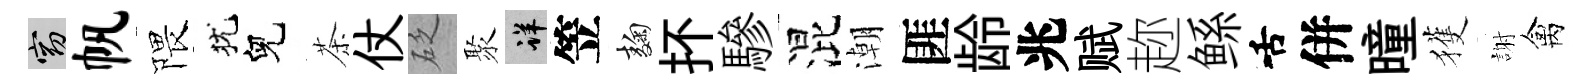
窈帆隈犹兒茶仗砭聚详笠麹抔驂混潮匪龄兆赋趂鲧舌併曈獲謝禽